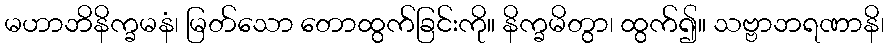
မဟာဘိနိက္ခမနံ၊ မြတ်သော တောထွက်ခြင်းကို။ နိက္ခမိတွာ၊ ထွက်၍။ သဗ္ဗာဘရဏာနိ၊